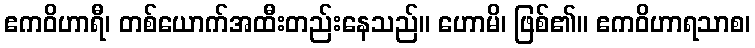
ဧကဝိဟာရီ၊ တစ်ယောက်အထီးတည်းနေသည်။ ဟောမိ၊ ဖြစ်၏။ ဧကဝိဟာရသာစ၊